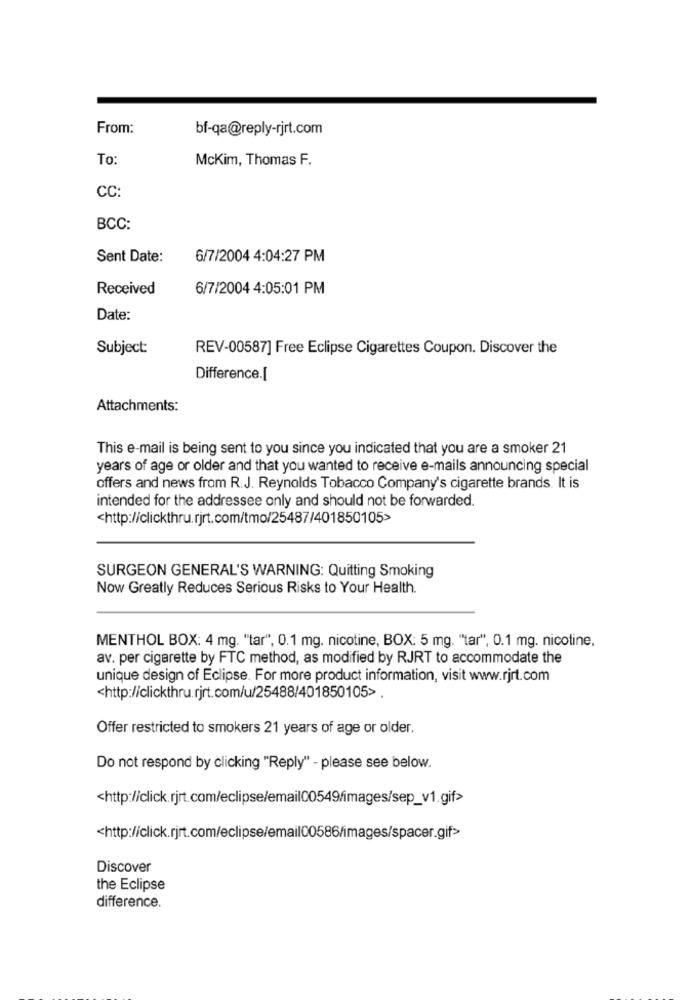
From:
bf-qa@reply-rjrt.com
To:
McKim, Thomas F.
CC:
BCC:
Sent Date:
6/7/2004 4:04:27 PM
Received
6/7/2004 4:05:01 PM
Date:
Subject:
REV-00587] Free Eclipse Cigarettes Coupon. Discover the
Difference.[
Attachments:
This e-mail is being sent to you since you indicated that you are a smoker 21
years of age or older and that you wanted to receive e-mails announcing special
offers and news from R.J. Reynolds Tobacco Company's cigarette brands. It is
intended for the addressee only and should not be forwarded.
<http://clickthru.rjrt.com/tmo/25487/401850105>
SURGEON GENERAL'S WARNING: Quitting Smoking
Now Greatly Reduces Serious Risks to Your Health.
MENTHOL BOX: 4 mg. "tar", 0.1 mg. nicotine, BOX: 5 mg. "tar", 0.1 mg. nicotine.
av. per cigarette by FTC method, as modified by RJRT to accommodate the
unique design of Eclipse. For more product information, visit www.rjrt.com
<http://clickthru.rjrt.com/u/25488/401850105>.
Offer restricted to smokers 21 years of age or older.
Do not respond by clicking "Reply" - please see below.
<http://click.rjrt.com/eclipse/email00549/images/sep_v1.gif>
<http://click.rjrt.com/eclipse/email00586/images/spacer.gif>
Discover
the Eclipse
difference.